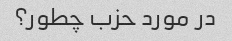
در مورد حزب چطور؟